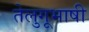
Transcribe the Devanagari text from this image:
तेलुगूभाषी